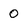
Character: 0